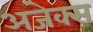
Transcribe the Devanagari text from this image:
अजेक्स